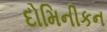
દોમિનીકન